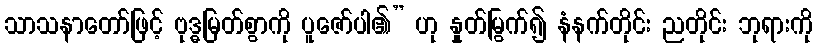
သာသနာတော်ဖြင့် ဗုဒ္ဓမြတ်စွာကို ပူဇော်ပါ၏” ဟု နှုတ်မြွက်၍ နံနက်တိုင်း ညတိုင်း ဘုရားကို